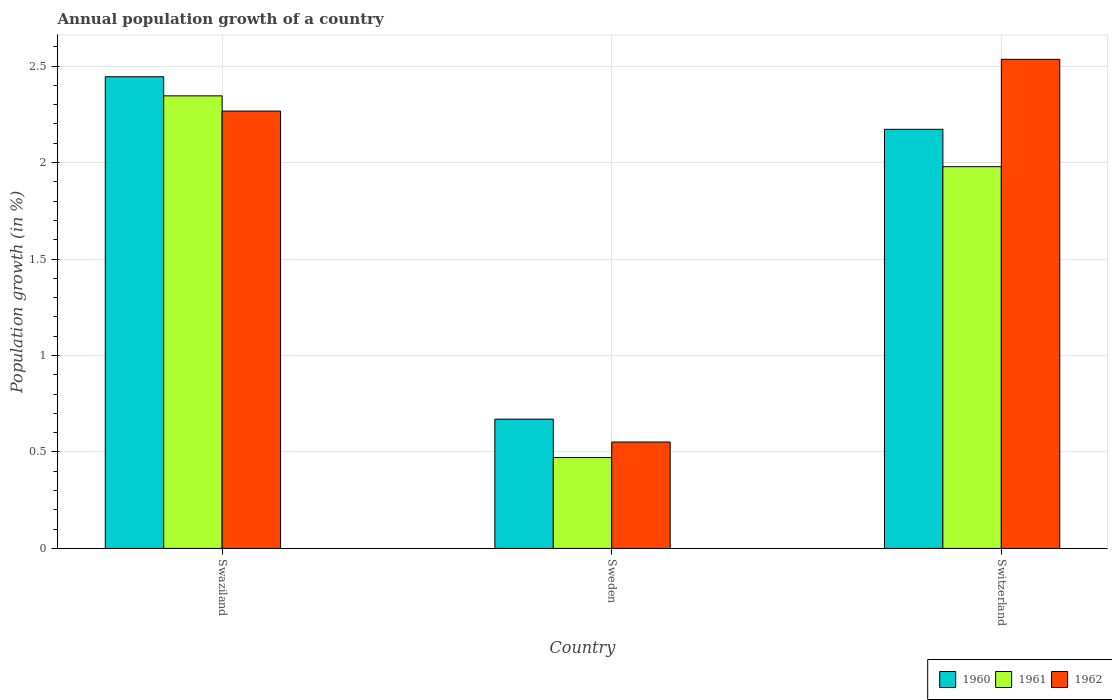
| Country | 1960 | 1961 | 1962 |
 | --- | --- | --- | --- |
 | Swaziland | 2.44 | 2.35 | 2.27 |
 | Sweden | 0.67 | 0.471 | 0.552 |
 | Switzerland | 2.17 | 1.98 | 2.54 |